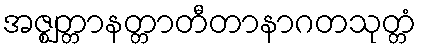
အဇ္ဈတ္တာနတ္တာတီတာနာဂတသုတ္တံ